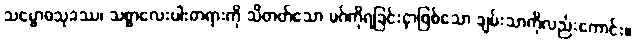
သမ္ဗောဓသုခဿ၊ သစ္စာလေးပါးတရားကို သိတတ်သော မဂ်ကိုရခြင်းငှာဖြစ်သော ချမ်းသာကိုလည်းကောင်း။